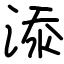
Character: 𣷹